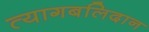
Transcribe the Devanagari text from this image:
त्यागबलिदान